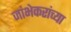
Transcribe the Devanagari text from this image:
जांभेकरांच्या